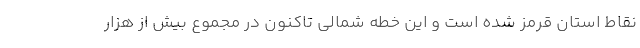
نقاط استان قرمز شده است و این خطه شمالی تاکنون در مجموع بیش از هزار